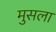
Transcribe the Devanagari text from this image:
मुसला